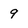
Character: 9